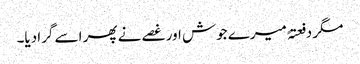
مگر دفعتہً میرے جوش اور غصے نے پھر اسے گرا دیا۔